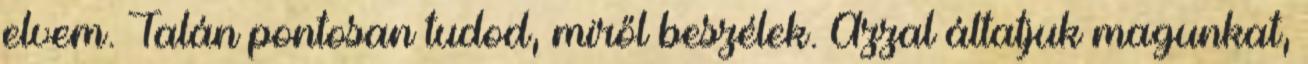
elvem. Talán pontosan tudod, miről beszélek. Azzal áltatjuk magunkat,